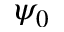
\psi _ { 0 }